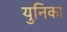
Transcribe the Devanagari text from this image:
युनिका